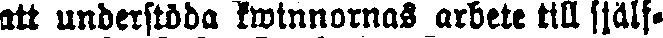
att understöda kwinnornas arbete till själf-